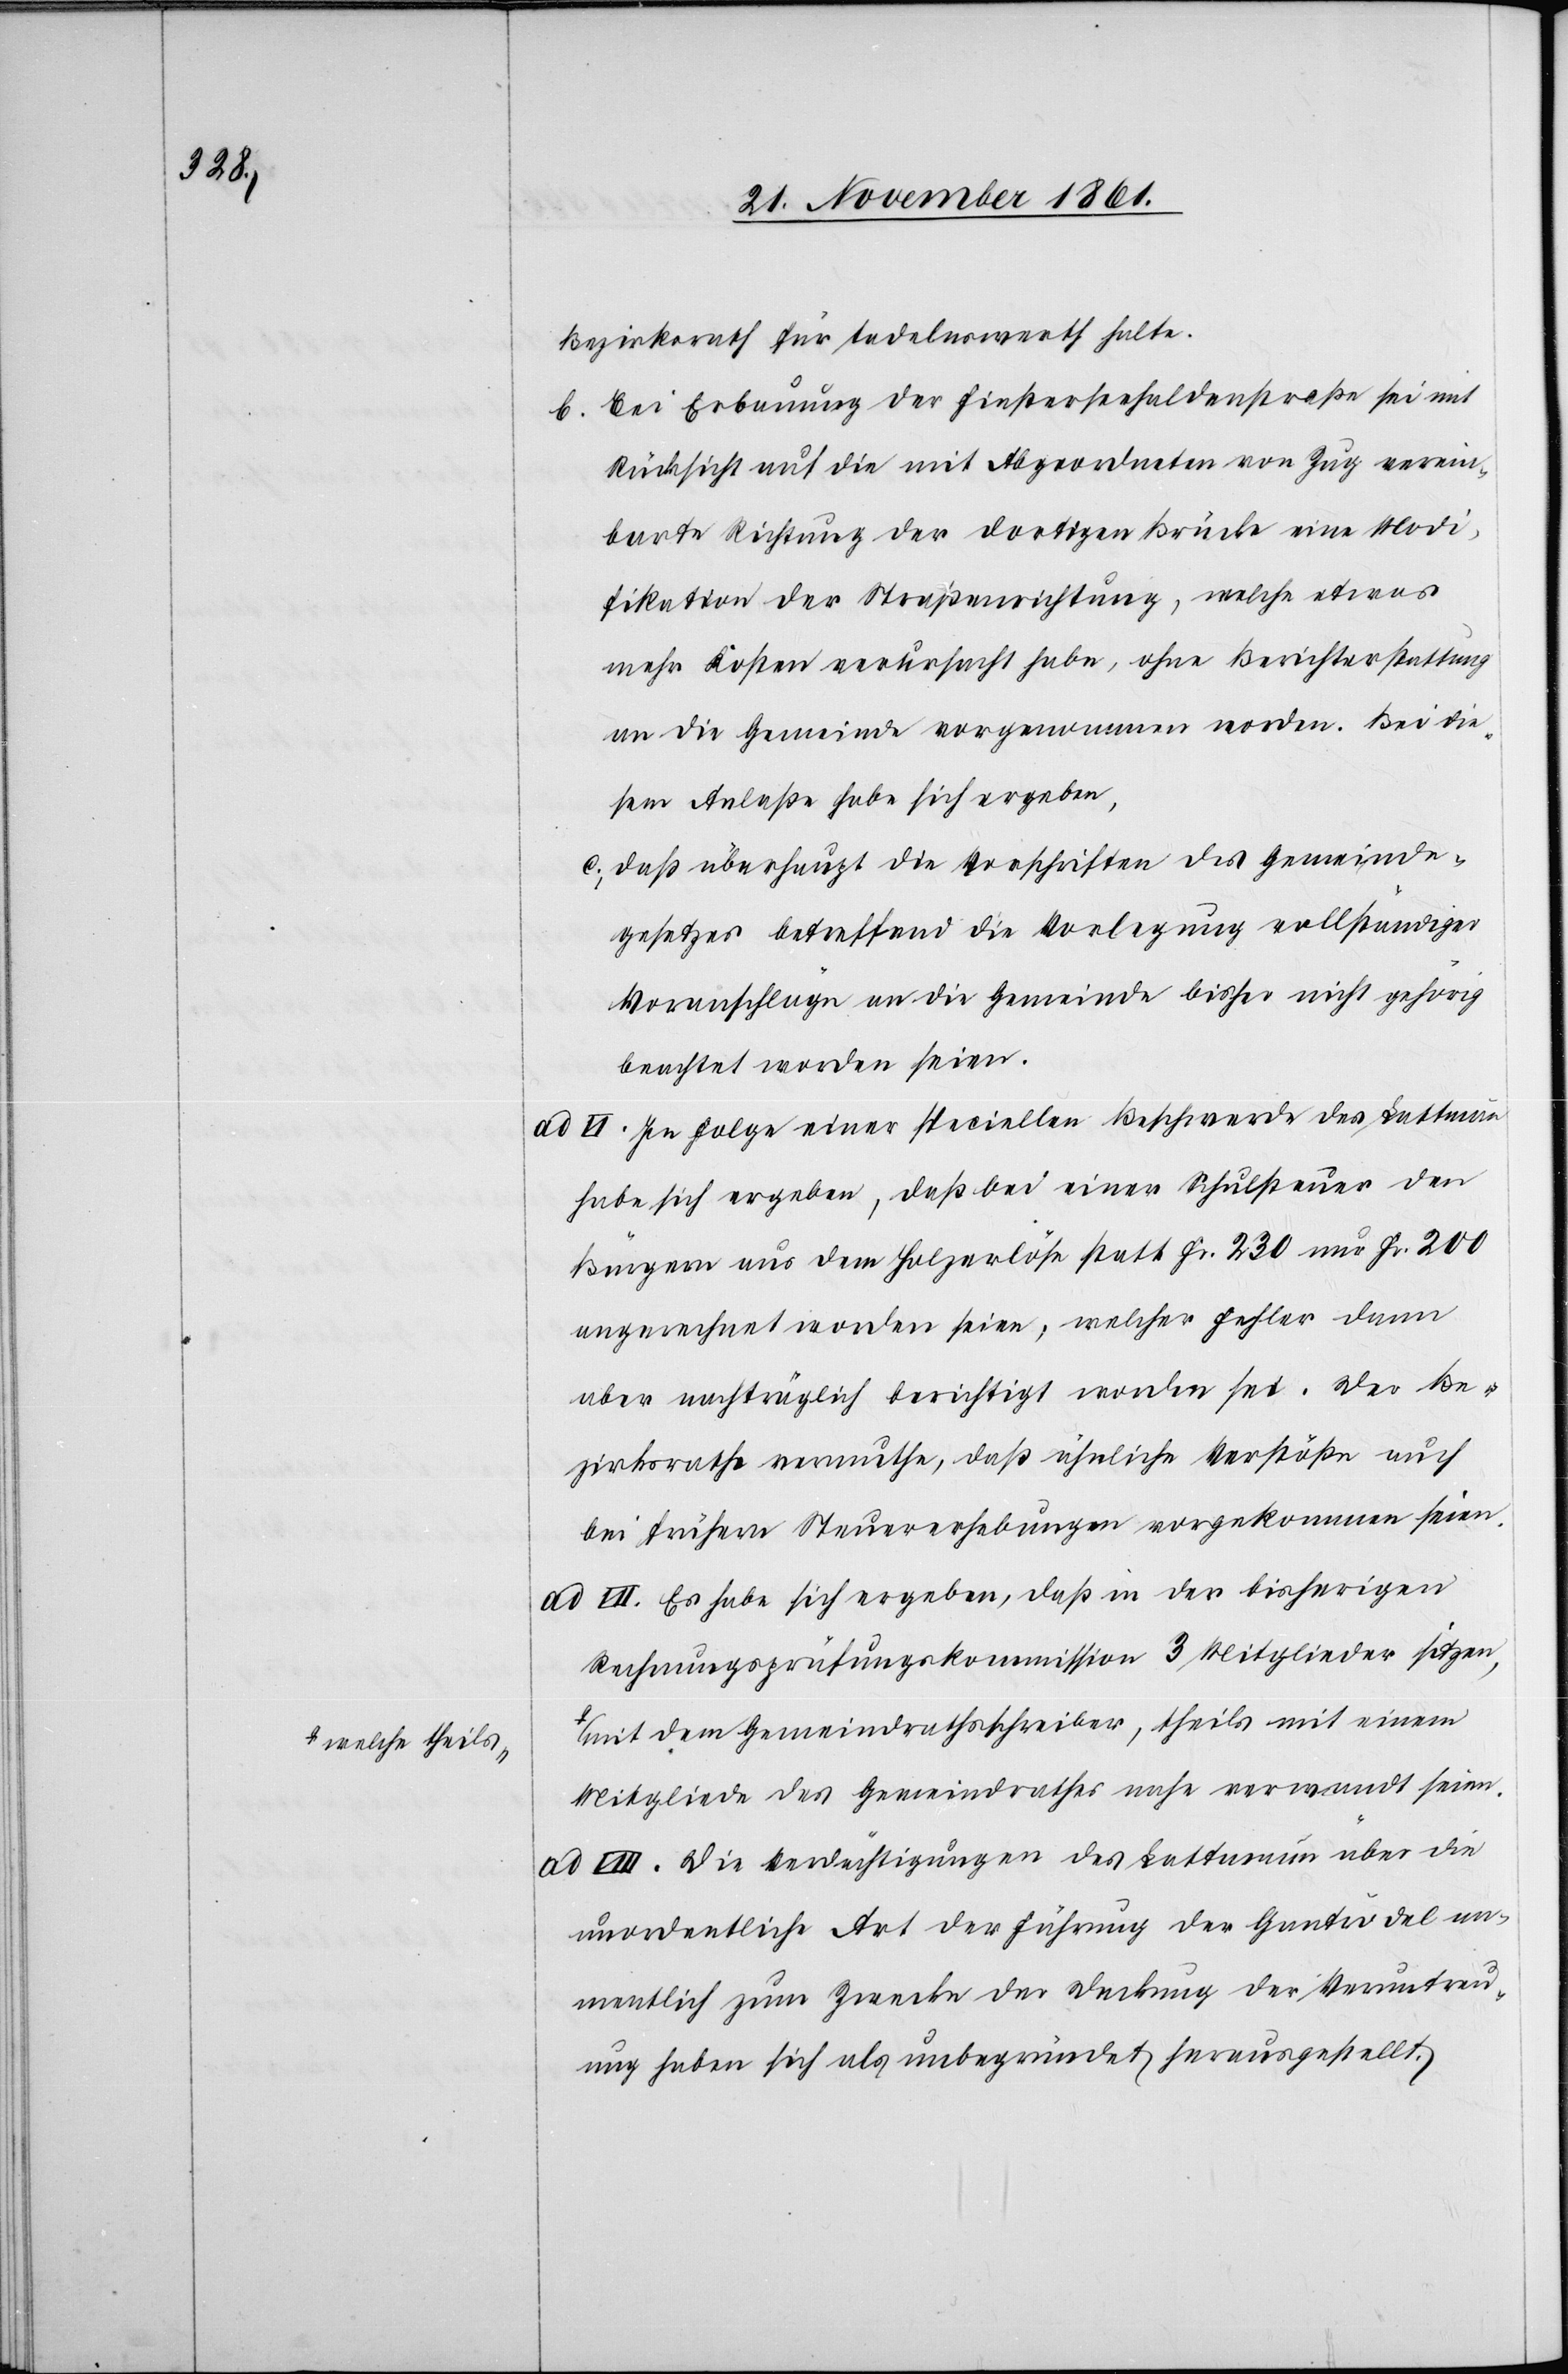
a-welche theils-a

Bezirksrath für tadelnswerth halte.
b. Bei Erbauung der Finsterseehaldenstraße sei mit
Rücksicht auf die mit Abgeordneten von Zug verein¬
barte Richtung der dortigen Brücken eine Modi¬
fikation der Straßenrichtung, welche etwas
mehr Kosten verursacht habe, ohne Berichterstattung
an die Gemeinde vorgenommen worden. Bei die¬
sem Anlaße habe sich ergeben,
c, daß überhaupt die Vorschriften des Gemeinde¬
gesetzes betreffend die Vorlegung vollständiger
Voranschläge an die Gemeinde bisher nicht gehörig
beachtet worden seien.
ad VI. In Folge einer speciellen Beschwerde des Lattmann
habe sich ergeben, daß bei einer Schulsteuer den
Bürgern aus dem Holzerlöse statt Fr. 230 nur Fr. 200
angerechnet worden seien, welcher Fehler dann
aber nachträglich berichtigt worden sei. Der Be¬
zirksrathe vermuthe, daß ähnliche Verstöße auch
bei frühern Steuererhebungen vorgekommen seien.
ad VII. Es habe sich ergeben, daß in der bisherigen
Rechnungsprüfungskommission 3 Mitglieder sitzen,
mit dem Gemeindrathschreiber, theils mit einem
Mitgliede des Gemeindrathes nahe verwandt seien.
VIII. Die Verdächtigungen des Lattmann über die
unordentliche Art der Führung der Gantrödel na¬
mentlich zum Zwecke der Deckung der Veruntreu¬
ung haben sich als unbegründet herausgestellt.